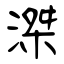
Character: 滐